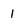
Character: 1